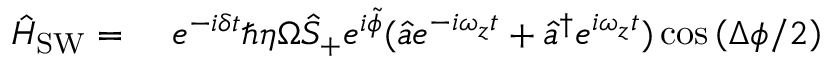
\begin{array} { r l } { \hat { H } _ { \mathrm { S W } } = \ } & { { } e ^ { - i \delta t } \hbar \eta \Omega \hat { S } _ { + } e ^ { i \tilde { \phi } } ( \hat { a } e ^ { - i \omega _ { z } t } + \hat { a } ^ { \dagger } e ^ { i \omega _ { z } t } ) \cos \left( \Delta \phi / 2 \right) } \end{array}